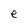
Character: e